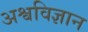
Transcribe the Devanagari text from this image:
अश्वविज्ञान